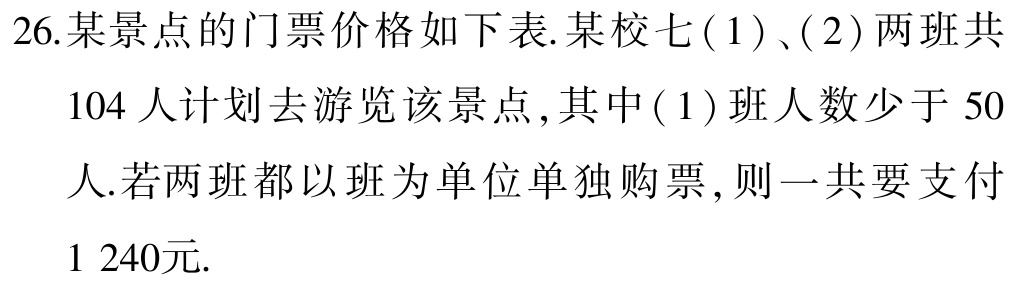
26.某景点的门票价格如下表.某校七(1)、(2)两班共

104人计划去游览该景点,其中(1)班人数少于50

人.若两班都以班为单位单独购票,则一共要支付

1 240元.